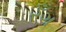
રઁગ